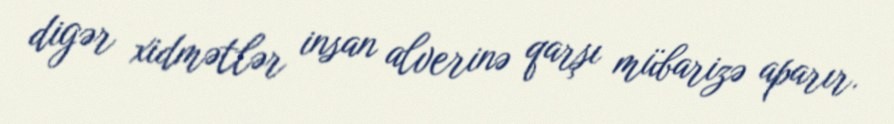
digər xidmətlər insan alverinə qarşı mübarizə aparır.